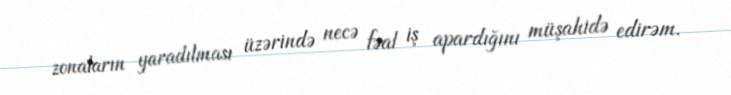
zonaların yaradılması üzərində necə fəal iş apardığını müşahidə edirəm.